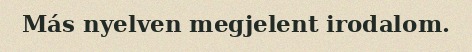
Más nyelven megjelent irodalom.